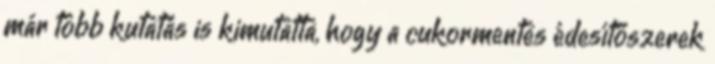
már több kutatás is kimutatta, hogy a cukormentes édesítőszerek